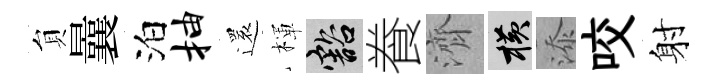
貟曩泊抽還楎豁飬濟横添咬射